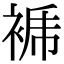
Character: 𧚜